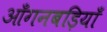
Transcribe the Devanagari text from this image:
आँगनबड़ियाँ